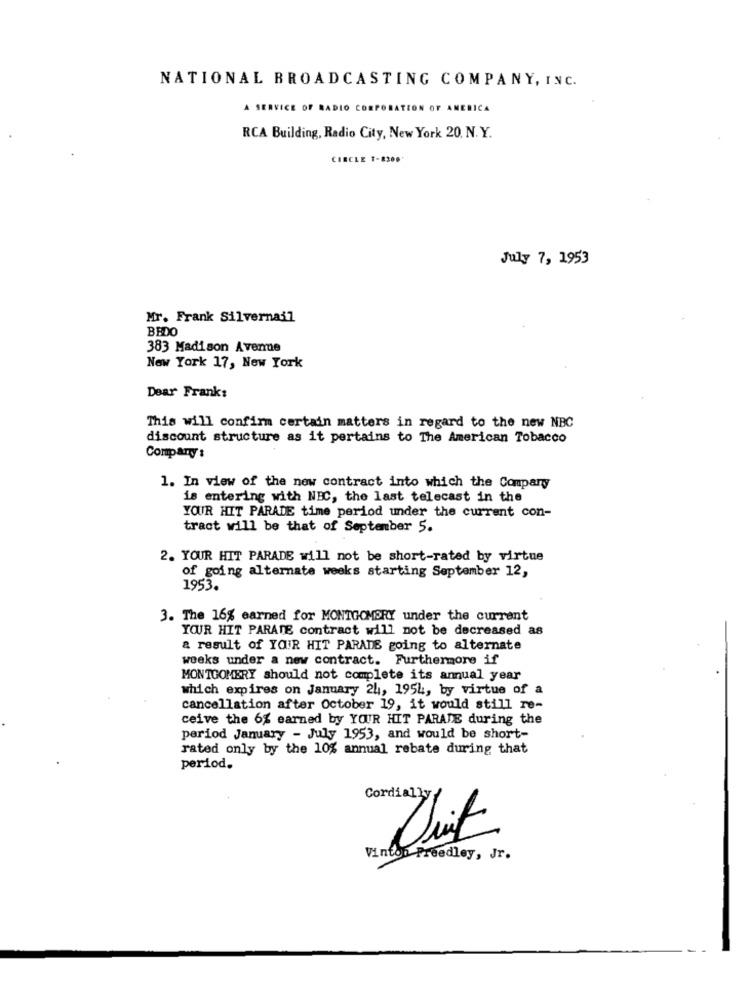
NATIONAL BROADCASTING COMPANY, INC.
A SERVICE OF RADIO CORPORATION OF AMERICA
RCA Building, Radio City, New York 20, N.Y.
CIRCLE 1-8300*
July 7, 1953
Mr. Frank Silvernail
BEDO
383 Madison Avenue
New York 17, New York
Dear Frank:
This will confirm certain matters in regard to the new NBC
discount structure as it pertains to The American Tobacco
Company :
1. In view of the new contract into which the Company
is entering with NEC, the last telecast in the
YOUR HIT PARADE time period under the current con-
tract will be that of September 5.
2. YOUR HIT PARADE will not be short-rated by virtue
of going alternate weeks starting September 12,
1953.
3. The 16% earned for MONTGOMERY under the current
YOUR HIT PARATE contract will not be decreased as
a result of YOUR HIT PARADE going to alternate
weeks under a new contract. Furthermore if
MONTGOMERY should not complete its annual year
which expires on January 24, 1954, by virtue of a
cancellation after October 19, it would still re-
ceive the 6% earned by YOUR HIT PARADE during the
period January - July 1953, and would be short-
rated only by the 10% annual rebate during that
period.
Cordially
Vinton Freedley, Jr.